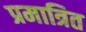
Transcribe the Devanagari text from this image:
प्रमात्रित